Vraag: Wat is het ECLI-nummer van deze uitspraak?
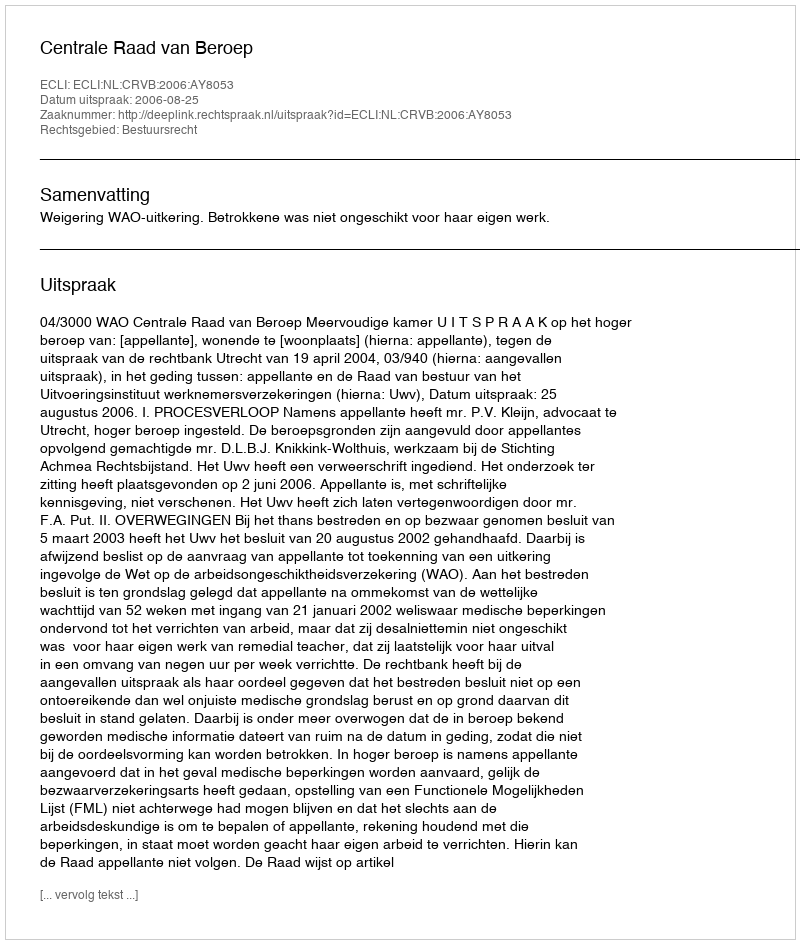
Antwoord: ECLI:NL:CRVB:2006:AY8053